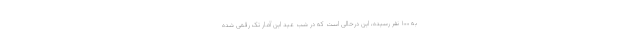
به ۱۰۰ نفر رسیده، این درحالی است که در شب عید این آمار تک رقمی شده